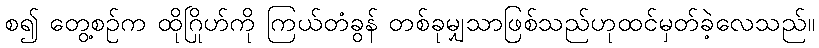
စ၍ တွေ့စဉ်က ထိုဂြိုဟ်ကို ကြယ်တံခွန် တစ်ခုမျှသာဖြစ်သည်ဟုထင်မှတ်ခဲ့လေသည်။